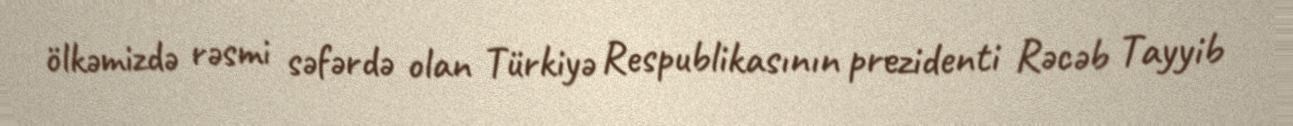
ölkəmizdə rəsmi səfərdə olan Türkiyə Respublikasının prezidenti Rəcəb Tayyib